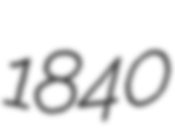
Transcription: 1840